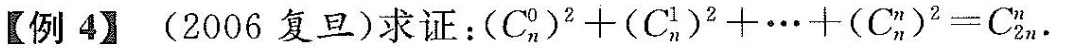
【例4】(2006复旦)求证：$$( C _ { n } ^ { 0 } ) ^ { 2 } + ( C _ { n } ^ { 1 } ) ^ { 2 } + \cdots + ( C _ { n } ^ { n } ) ^ { 2 } = C _ { 2 n } ^ { n }$$.